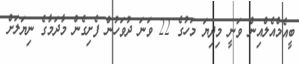
ބީއެމްއެލްއިން ވަނީ މިދިޔަ މަހުގެ 22 ވަނަ ދުވަހުން ފެށިގެން މާދަމާގެ ނިޔަލަށް